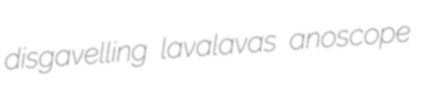
disgavelling lavalavas anoscope